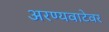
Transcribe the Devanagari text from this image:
अरण्यवाटेवर